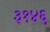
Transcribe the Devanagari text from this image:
३१४६